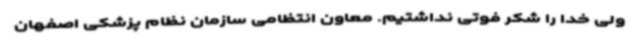
ولی خدا را شکر فوتی نداشتیم. معاون انتظامی سازمان نظام پزشکی اصفهان